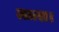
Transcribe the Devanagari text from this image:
लात्स।